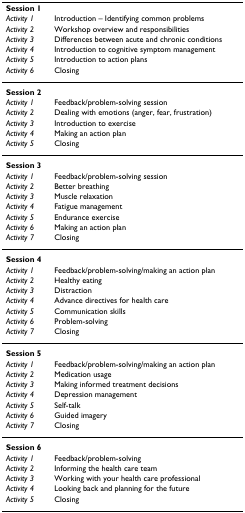
<table><thead><tr><td><b>Session 1</b></td><td></td></tr><tr><td><b><i>Activity 1</i></b></td><td><b>Introduction – Identifying common problems</b></td></tr><tr><td><b><i>Activity 2</i></b></td><td><b>Workshop overview and responsibilities</b></td></tr><tr><td><b><i>Activity 3</i></b></td><td><b>Differences between acute and chronic conditions</b></td></tr><tr><td><b><i>Activity 4</i></b></td><td><b>Introduction to cognitive symptom management</b></td></tr><tr><td><b><i>Activity 5</i></b></td><td><b>Introduction to action plans</b></td></tr><tr><td><b><i>Activity 6</i></b></td><td><b>Closing</b></td></tr></thead><tbody><tr><td><b>Session 2</b></td><td></td></tr><tr><td><i>Activity 1</i></td><td>Feedback/problem-solving session</td></tr><tr><td><i>Activity 2</i></td><td>Dealing with emotions (anger, fear, frustration)</td></tr><tr><td><i>Activity 3</i></td><td>Introduction to exercise</td></tr><tr><td><i>Activity 4</i></td><td>Making an action plan</td></tr><tr><td><i>Activity 5</i></td><td>Closing</td></tr><tr><td><b>Session 3</b></td><td></td></tr><tr><td><i>Activity 1</i></td><td>Feedback/problem-solving session</td></tr><tr><td><i>Activity 2</i></td><td>Better breathing</td></tr><tr><td><i>Activity 3</i></td><td>Muscle relaxation</td></tr><tr><td><i>Activity 4</i></td><td>Fatigue management</td></tr><tr><td><i>Activity 5</i></td><td>Endurance exercise</td></tr><tr><td><i>Activity 6</i></td><td>Making an action plan</td></tr><tr><td><i>Activity 7</i></td><td>Closing</td></tr><tr><td><b>Session 4</b></td><td></td></tr><tr><td><i>Activity 1</i></td><td>Feedback/problem-solving/making an action plan</td></tr><tr><td><i>Activity 2</i></td><td>Healthy eating</td></tr><tr><td><i>Activity 3</i></td><td>Distraction</td></tr><tr><td><i>Activity 4</i></td><td>Advance directives for health care</td></tr><tr><td><i>Activity 5</i></td><td>Communication skills</td></tr><tr><td><i>Activity 6</i></td><td>Problem-solving</td></tr><tr><td><i>Activity 7</i></td><td>Closing</td></tr><tr><td><b>Session 5</b></td><td></td></tr><tr><td><i>Activity 1</i></td><td>Feedback/problem-solving/making an action plan</td></tr><tr><td><i>Activity 2</i></td><td>Medication usage</td></tr><tr><td><i>Activity 3</i></td><td>Making informed treatment decisions</td></tr><tr><td><i>Activity 4</i></td><td>Depression management</td></tr><tr><td><i>Activity 5</i></td><td>Self-talk</td></tr><tr><td><i>Activity 6</i></td><td>Guided imagery</td></tr><tr><td><i>Activity 7</i></td><td>Closing</td></tr><tr><td><b>Session 6</b></td><td></td></tr><tr><td><i>Activity 1</i></td><td>Feedback/problem-solving</td></tr><tr><td><i>Activity 2</i></td><td>Informing the health care team</td></tr><tr><td><i>Activity 3</i></td><td>Working with your health care professional</td></tr><tr><td><i>Activity 4</i></td><td>Looking back and planning for the future</td></tr><tr><td><i>Activity 5</i></td><td>Closing</td></tr></tbody></table>